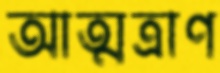
আত্মত্রাণ